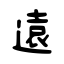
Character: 遠